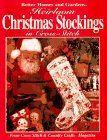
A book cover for Heirloom Christmas Stockings in Cross-Stitch: From Cross Stitch & Country Crafts Magazine; Crafts, Hobbies & Home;